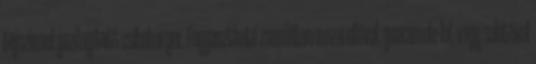
tejszínnel gazdagított csibeburger. Fogyasztható zsemlében mozarellával, guacamole-lal, vagy salátával